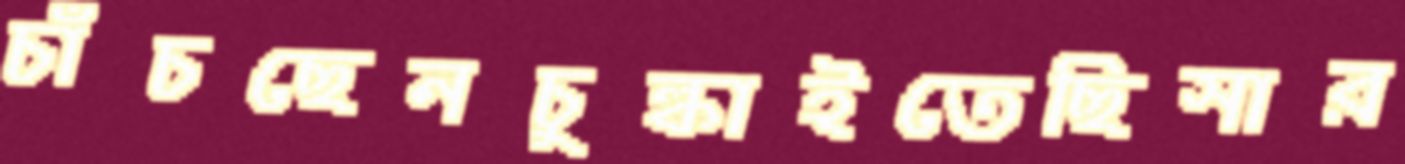
চাঁচছেনচুল্‌কাইতেছিসার